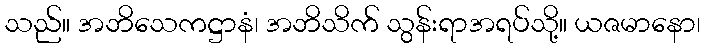
သည်။ အဘိသေကဋ္ဌာနံ၊ အဘိသိက် သွန်းရာအရပ်သို့။ ယဇမာနော၊